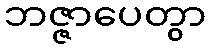
ဘဇ္ဇာပေတွာ